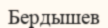
Бердышев